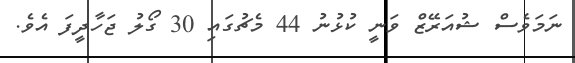
ނަމަވެސް ޝުއަރޭޒް ވަނީ ކުޅުނު 44 މެޗުގައި 30 ގޯލު ޖަހާދީފަ އެވެ.